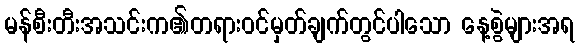
မန်စီးတီးအသင်းက၏တရားဝင်မှတ်ချက်တွင်ပါသော နေ့စွဲများအရ